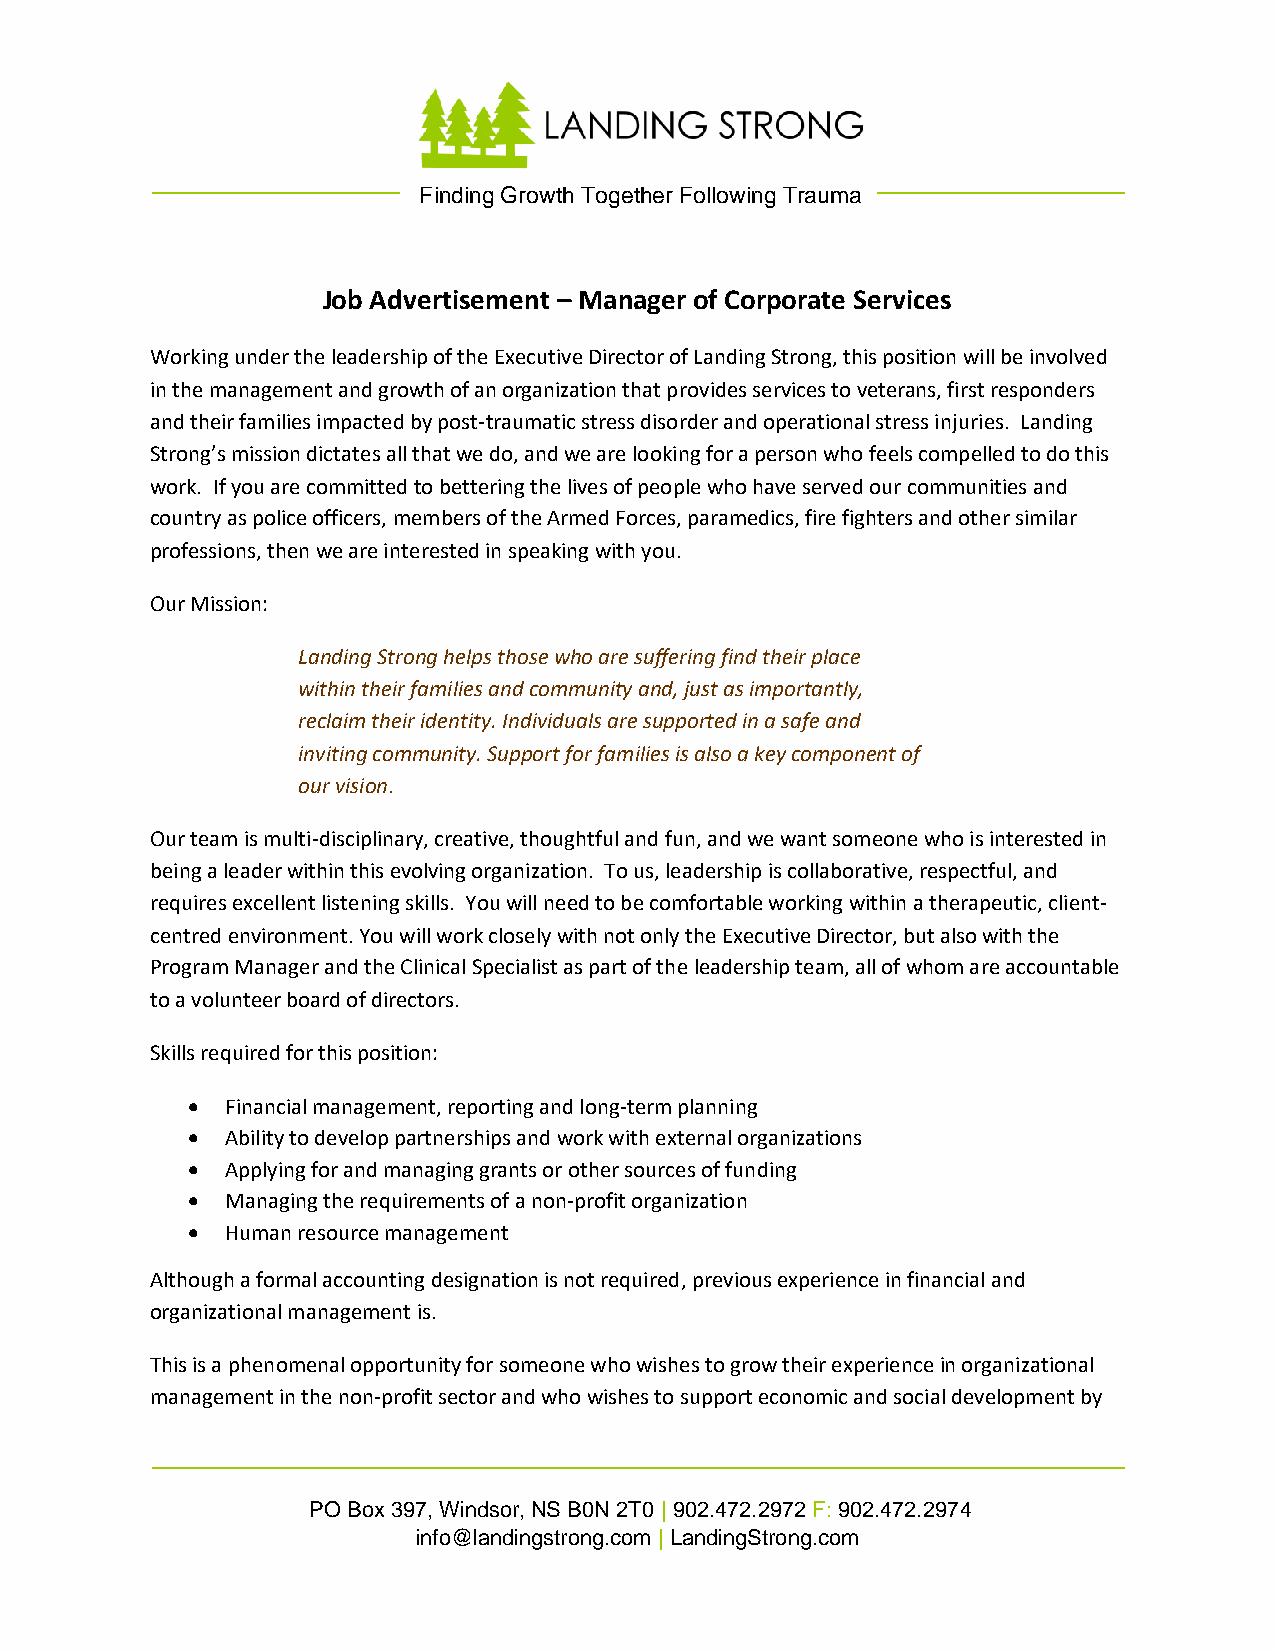
Finding Growth Together Following Trauma
 Job Advertisement – Manager of Corporate Services
 Working under the leadership of the Executive Director of Landing Strong, this position will be involved
 in the management and growth of an organization that provides services to veterans, first responders
 and their families impacted by post-traumatic stress disorder and operational stress injuries. Landing
 Strong’s mission dictates all that we do, and we are looking for a person who feels compelled to do this
 work. If you are committed to bettering the lives of people who have served our communities and
 country as police officers, members of the Armed Forces, paramedics, fire fighters and other similar
 professions, then we are interested in speaking with you.
 Our Mission:
 Landing Strong helps those who are suffering find their place
 within their families and community and, just as importantly,
 reclaim their identity. Individuals are supported in a safe and
 inviting community. Support for families is also a key component of
 our vision.
 Our team is multi-disciplinary, creative, thoughtful and fun, and we want someone who is interested in
 being a leader within this evolving organization. To us, leadership is collaborative, respectful, and
 requires excellent listening skills. You will need to be comfortable working within a therapeutic, client-
 centred environment. You will work closely with not only the Executive Director, but also with the
 Program Manager and the Clinical Specialist as part of the leadership team, all of whom are accountable
 to a volunteer board of directors.
 Skills required for this position:
 •  Financial management, reporting and long-term planning
 •  Ability to develop partnerships and work with external organizations
 •  Applying for and managing grants or other sources of funding
 •  Managing the requirements of a non-profit organization
 •  Human resource management
 Although a formal accounting designation is not required, previous experience in financial and
 organizational management is.
 This is a phenomenal opportunity for someone who wishes to grow their experience in organizational
 management in the non-profit sector and who wishes to support economic and social development by
 PO Box 397, Windsor, NS B0N 2T0 | 902.472.2972 F: 902.472.2974
 info@landingstrong.com | LandingStrong.com